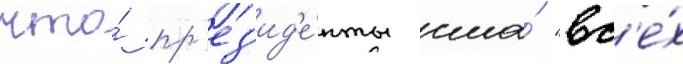
что́ пр'ез'ид'е́нты сша́ "вс'е́х